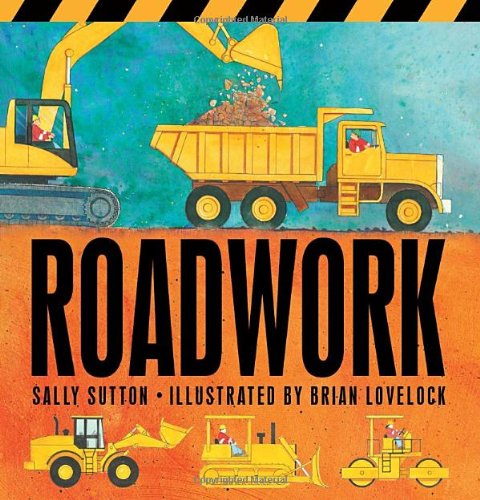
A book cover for Roadwork; Sally Sutton; Children's Books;